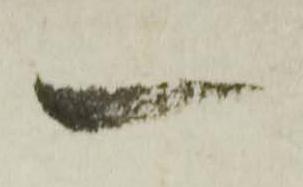
一